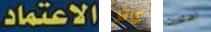
الاعتماد. كاتر استدرت